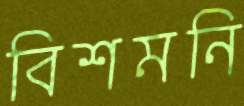
বিশমনি